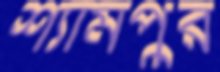
শ্যামপুর